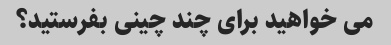
می خواهید برای چند چینی بفرستید؟